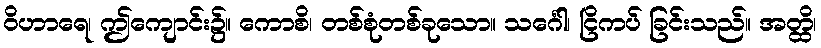
ဝိဟာရေ၊ ဤကျောင်း၌။ ကောစိ၊ တစ်စုံတစ်ခုသော။ သင်္ဂေါ၊ ငြိကပ် ခြင်းသည်။ အတ္ထိ၊